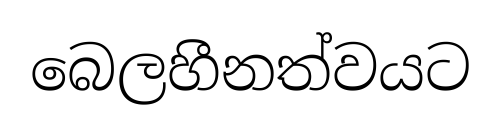
බෙලහීනත්වයට